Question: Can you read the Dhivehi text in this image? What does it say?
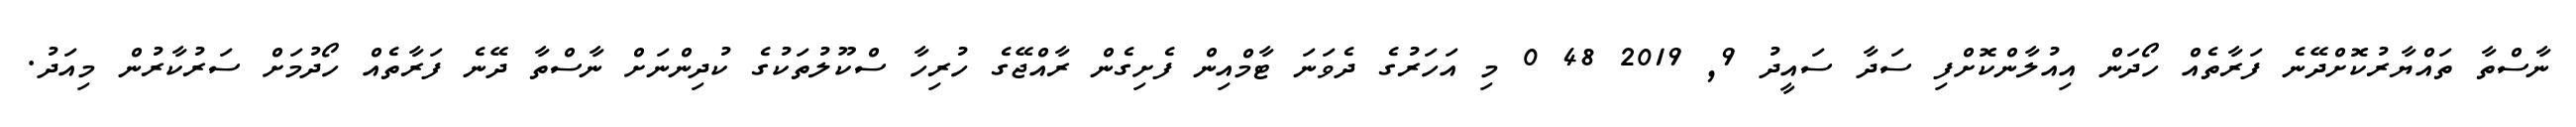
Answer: ނާސްތާ ތައްޔާރުކޮށްދޭނެ ފަރާތެއް ހޯދަން އިއުލާންކޮށްފި ސަދާ ސައީދު 9, 2019 48 0 މި އަހަރުގެ ދެވަނަ ޓާމްއިން ފެށިގެން ރާއްޖޭގެ ހުރިހާ ސްކޫލުތަކުގެ ކުދިންނަށް ނާސްތާ ދޭނެ ފަރާތެއް ހޯދުމަށް ސަރުކާރުން މިއަދު.